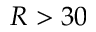
R > 3 0